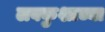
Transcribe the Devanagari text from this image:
लवकुशाच्या